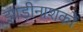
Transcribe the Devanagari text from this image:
झाड़ीनाशकों